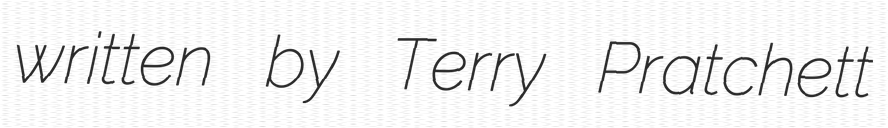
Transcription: written by Terry Pratchett